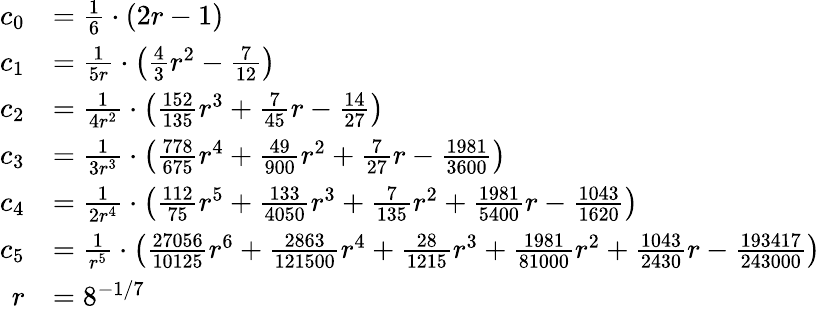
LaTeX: \begin{array}{rl}{c_{0}}&{=\frac{1}{6}\cdot\left(2r-1\right)}\\ {c_{1}}&{=\frac{1}{5r}\cdot\left(\frac{4}{3}r^{2}-\frac{7}{12}\right)}\\ {c_{2}}&{=\frac{1}{4r^{2}}\cdot\left(\frac{152}{135}r^{3}+\frac{7}{45}r-\frac{14}{27}\right)}\\ {c_{3}}&{=\frac{1}{3r^{3}}\cdot\left(\frac{778}{675}r^{4}+\frac{49}{900}r^{2}+\frac{7}{27}r-\frac{1981}{3600}\right)}\\ {c_{4}}&{=\frac{1}{2r^{4}}\cdot\left(\frac{112}{75}r^{5}+\frac{133}{4050}r^{3}+\frac{7}{135}r^{2}+\frac{1981}{5400}r-\frac{1043}{1620}\right)}\\ {c_{5}}&{=\frac{1}{r^{5}}\cdot\left(\frac{27056}{10125}r^{6}+\frac{2863}{121500}r^{4}+\frac{28}{1215}r^{3}+\frac{1981}{81000}r^{2}+\frac{1043}{2430}r-\frac{193417}{243000}\right)}\\ {r}&{=8^{-1/7}}\end{array}